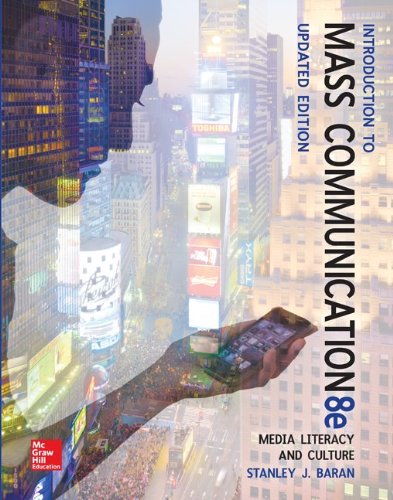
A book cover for Introduction to Mass Communication:  Media Literacy and Culture Updated Edition; Stanley Baran; Politics & Social Sciences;